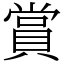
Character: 賞